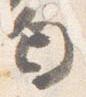
匂